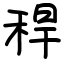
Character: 稈